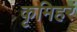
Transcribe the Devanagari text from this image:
कृमिहरं